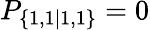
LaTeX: P_{\{ 1,1|1,1\} }=0